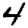
Digit: 4